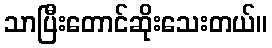
သာပြီးတောင်ဆိုးသေးတယ်။